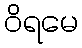
ဝိရမေ